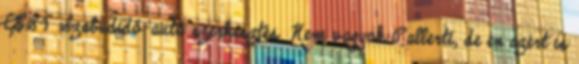
CEST Szabadidő-autó szerkesztés Nem vagyok Pallerti, de én azért is